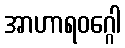
အာဟာရဝဂ္ဂေါ